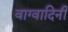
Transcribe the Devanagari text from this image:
वाग्वादिनी